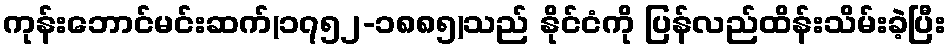
ကုန်းဘောင်မင်းဆက်(၁၇၅၂-၁၈၈၅)သည် နိုင်ငံကို ပြန်လည်ထိန်းသိမ်းခဲ့ပြီး